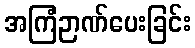
အကြံဉာဏ်ပေးခြင်း